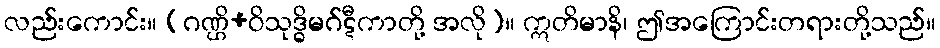
လည်းကောင်း။ (ဂဏ္ဌိ+ဝိသုဒ္ဓိမဂ်ဋီကာတို့ အလို)။ ဣတိမာနိ၊ ဤအကြောင်းတရားတို့သည်။